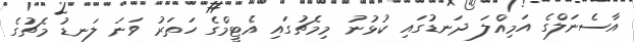
އާސެނަލްގެ އަމިއްލަ ދަނޑުގައި ކުޅުނު މިމެޗުގައި އެޓީމްގެ ހަތަރު ވަނަ ލަނޑު މެޗުގެ